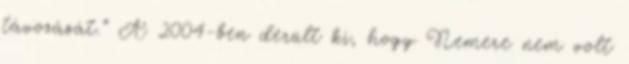
távozását.” A 2004-ben derült ki, hogy Nemere nem volt